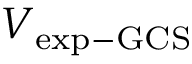
V \mathrm { { _ { e x p - G C S } } }